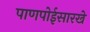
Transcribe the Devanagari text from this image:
पाणपोईसारखे